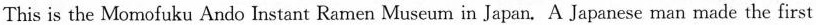
This is the Momofuku Ando Instant Ra men Museum in Japan. A Japanese man made the first